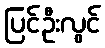
ပြင်ဦးလွင်